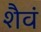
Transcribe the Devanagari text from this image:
शैवं